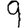
Digit: 9